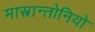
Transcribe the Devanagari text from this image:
मास्त्रान्तोनियो